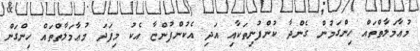
މުޢާމަލާތްތައް ހިންގަމުން ގެންދާ ކުންފުނިތަކާއި އަދި އެކުންފުންޏާ އެކު މިފަދަ މުޢާމަލާތްތައް ހިންގަން